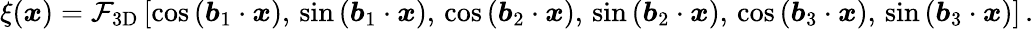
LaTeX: \begin{array}{r}{\xi({\boldsymbol x})=\mathcal{F}_{\mathrm{3D}}\left[\cos\left({\boldsymbol b_{1}}\cdot{\boldsymbol x}\right),\, \sin\left({\boldsymbol b_{1}}\cdot{\boldsymbol x}\right),\, \cos\left({\boldsymbol b_{2}}\cdot{\boldsymbol x}\right),\, \sin\left({\boldsymbol b_{2}}\cdot{\boldsymbol x}\right),\, \cos\left({\boldsymbol b_{3}}\cdot{\boldsymbol x}\right),\, \sin\left({\boldsymbol b_{3}}\cdot{\boldsymbol x}\right)\right]\, .}\end{array}